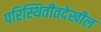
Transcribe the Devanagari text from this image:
परिस्थितीतदेखील